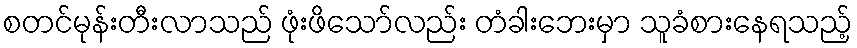
စတင်မုန်းတီးလာသည် ဖုံးဖိသော်လည်း တံခါးဘေးမှာ သူခံစားနေရသည့်